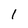
Character: 1